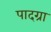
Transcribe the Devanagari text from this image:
पादग्रा